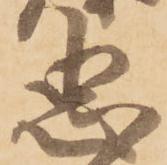
忠